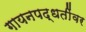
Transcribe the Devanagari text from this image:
गायनपद्धतींवर